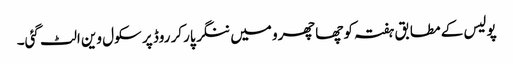
پولیس کے مطابق ہفتہ کو چھاچھرو میں ننگر پارکر روڈ پر سکول وین الٹ گئی۔